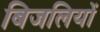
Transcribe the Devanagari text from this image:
बिजलियों